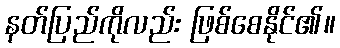
နတ်ပြည်ကိုလည်း ဖြစ်စေနိုင်၏။